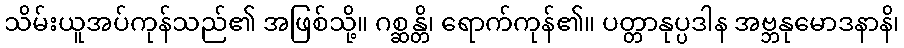
သိမ်းယူအပ်ကုန်သည်၏ အဖြစ်သို့။ ဂစ္ဆန္တိ၊ ရောက်ကုန်၏။ ပတ္တာနုပ္ပဒါန အဗ္ဘနုမောဒနာနိ၊